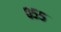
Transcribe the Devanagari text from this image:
०५५